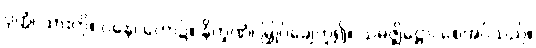
ပုတ္တံ၊ သားကို။ ဝနေ၊ တော၌။ နိက္ခဏံ၊ မြှုပ်ချေဟူ၍။ သမဇ္ဈိဋ္ဌော၊ စေအပ်သည်။